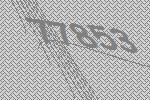
77853